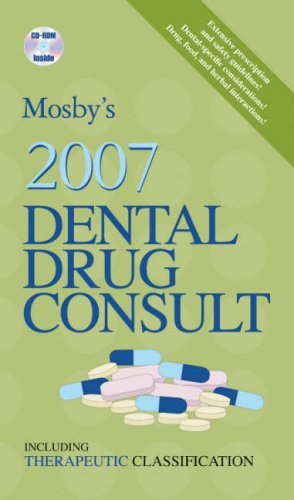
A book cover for Mosby's 2007 Dental Drug Consult, 1e (Mosby's Dental Drug Consult); Mosby; Medical Books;